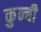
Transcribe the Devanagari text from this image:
कुन्बी